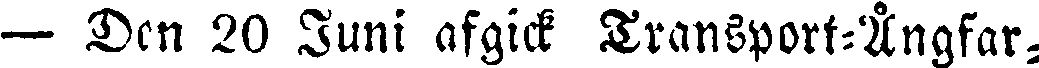
— Den 20 Juni afgick Transport-Ångfar-